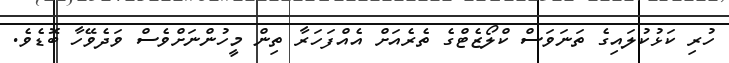
ހުރި ކަޅުކުލައިގެ ތަނަވަސް ކްލޯޒެޓްގެ ތެރެއަށް އެއްފަހަރާ ތިން މީހުންނަށްވެސް ވަދެވޭހާ ބޮޑެވެ.